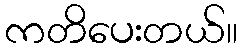
ကတိပေးတယ်။